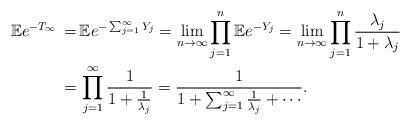
LaTeX: \begin{align*}\mathbb{E} e^{-T_{\infty}}\, = \, & \mathbb{E}e^{- \sum _{j=1}^{\infty}Y_j}= \lim_{n \to \infty} \prod_{j=1}^{n} \mathbb{E} e^{-Y_j}= \lim_{n \to \infty} \prod _{j=1}^n \frac{\lambda _j}{1+\lambda _j} \\ = \, & \prod _{j=1}^{\infty} \frac{1}{1+\frac{1}{\lambda _j}}= \frac{1}{1+ \sum _{j=1}^{\infty}\frac{1}{\lambda _j}+ \cdots}.\end{align*}